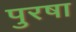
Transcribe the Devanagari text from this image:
पुरषा